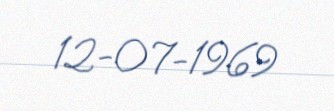
12-07-1969